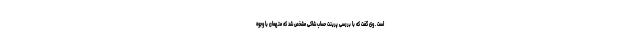
است . وی گفت که با بررسی پرینت حساب شاکی مشخص شد که متهمان با وجوه